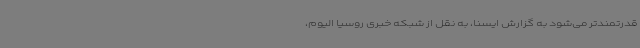
قدرتمندتر می‌شود به گزارش ایسنا، به نقل از شبکه خبری روسیا الیوم،